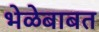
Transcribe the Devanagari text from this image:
भेळेबाबत